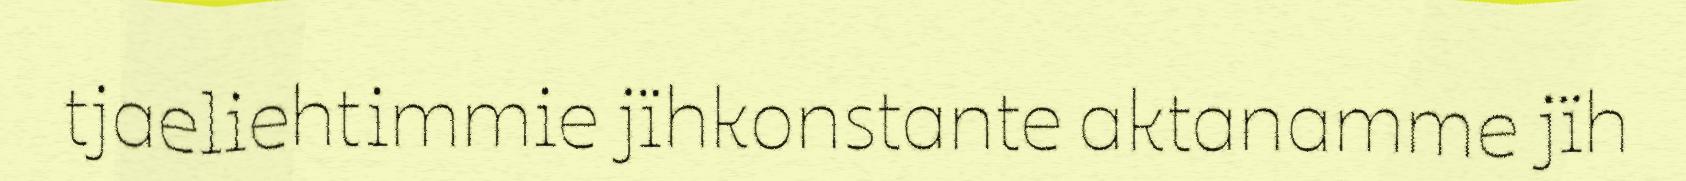
tjaeliehtimmie jïhkonstante aktanamme jïh